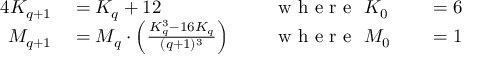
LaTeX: \begin{array} { r l r l r l } { { 4 } K _ { q + 1 } } & { { } = K _ { q } + 1 2 \, \, } & { } & { { } { \textrm { w h e r e } } \, \, K _ { 0 } } & { } & { { } = 6 } \\ { M _ { q + 1 } } & { { } = M _ { q } \cdot \left( { \frac { K _ { q } ^ { 3 } - 1 6 K _ { q } } { ( q + 1 ) ^ { 3 } } } \right) \, \, } & { } & { { } { \textrm { w h e r e } } \, \, M _ { 0 } } & { } & { { } = 1 } \end{array}